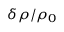
\delta \rho / \rho _ { 0 }